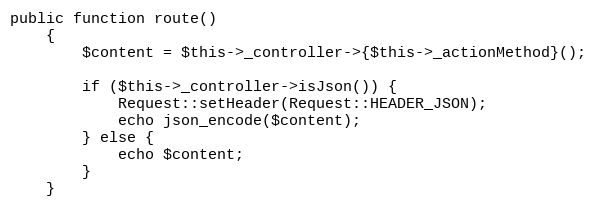
Language: PHP
public function route()
	{
		$content = $this->_controller->{$this->_actionMethod}();

		if ($this->_controller->isJson()) {
			Request::setHeader(Request::HEADER_JSON);
			echo json_encode($content);
		} else {
			echo $content;
		}
	}